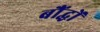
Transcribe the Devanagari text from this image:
बौंद्धों